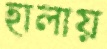
হালায়